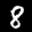
Label: 8